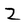
Character: Z